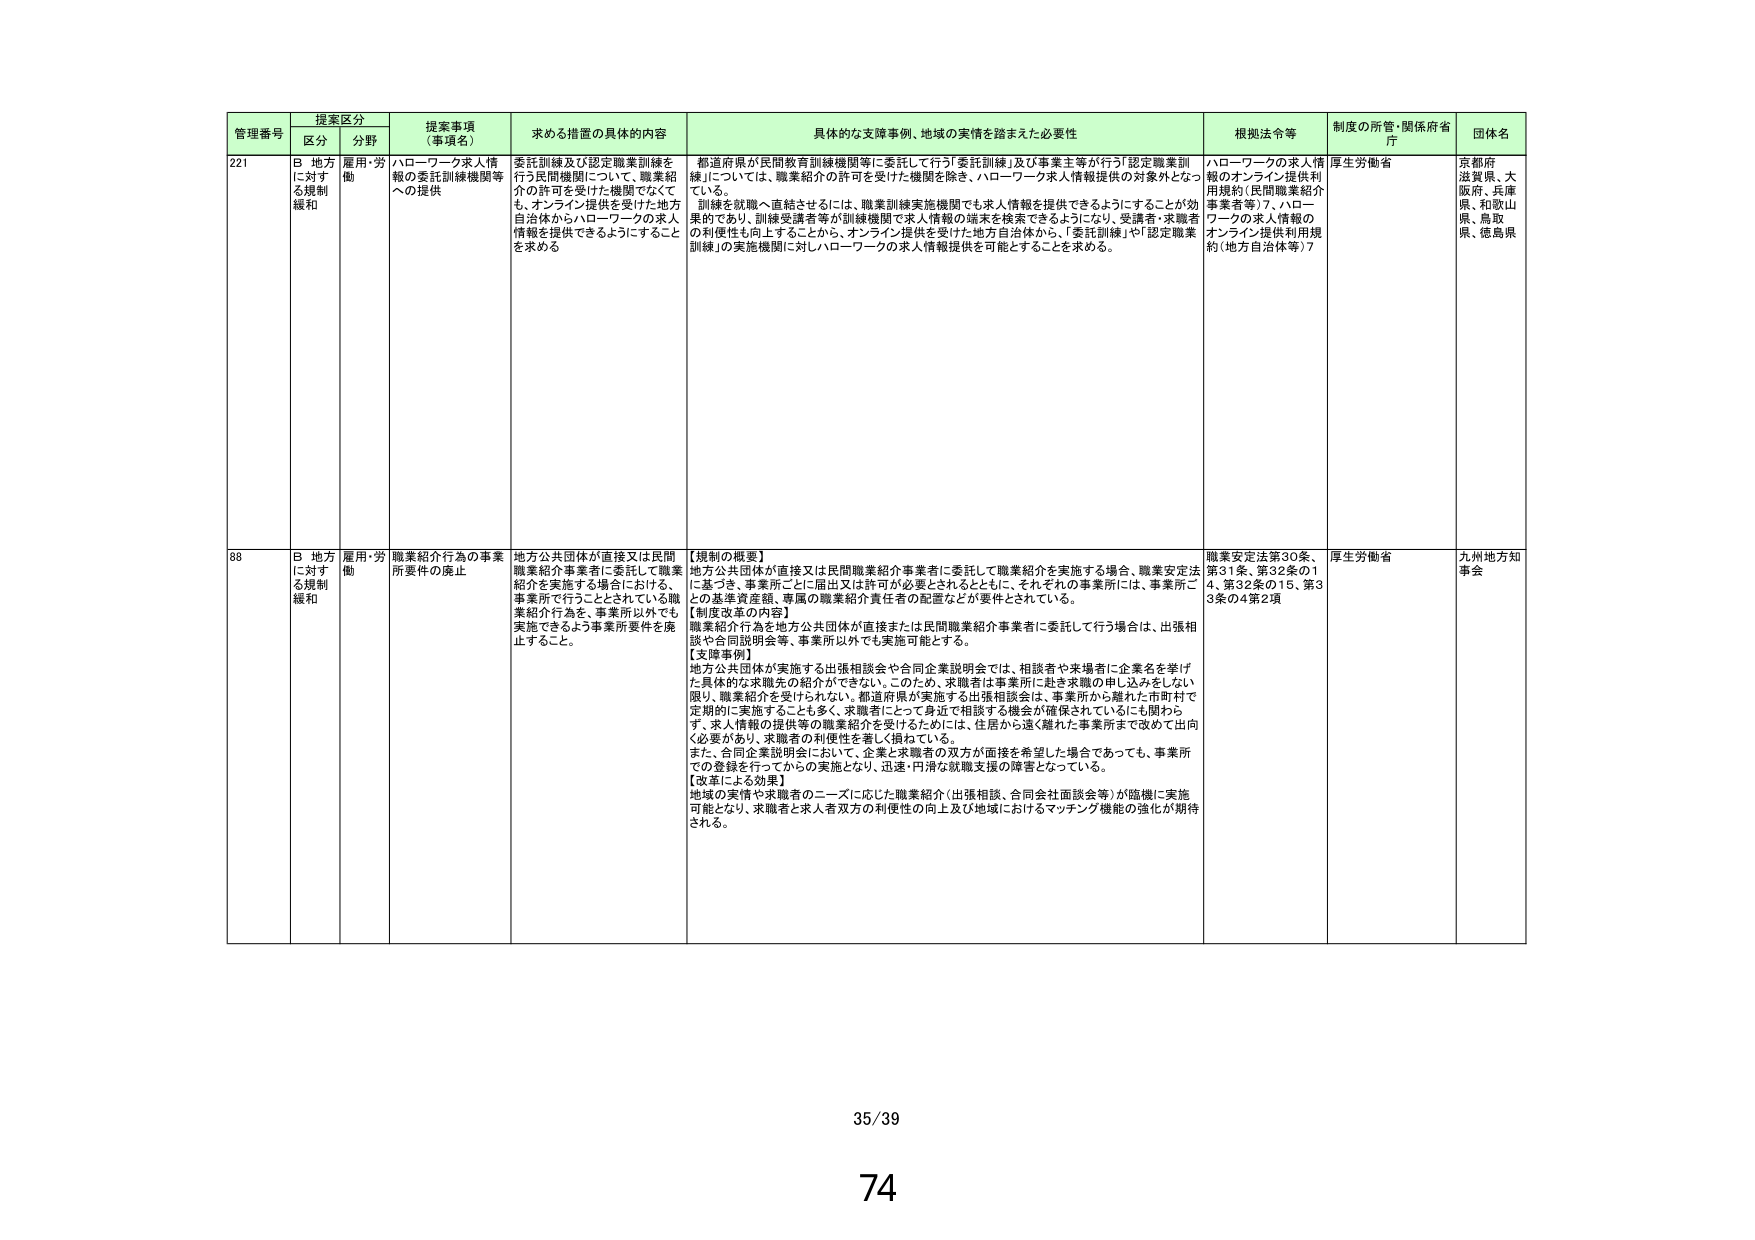
管理番号 提案区分 提案事項（事項名） 求める措置の具体的内容 具体的な支援事例、地域の実情を踏まえた必要性 根拠法令等 制度の所管・関係府省庁 団体名
区分 分野
221 B 地方に対する規制緩和 雇用・労働 ハローワーク求人情報の委託訓練機関等への提供 委託訓練及び認定職業訓練を行う民間機関について、職業紹介の許可を受けた機関でなくても、オンライン提供を受けた地方自治体からハローワークの求人情報を提供できるようにすることを求める 都道府県が民間教育訓練機関等に委託して行う「委託訓練」及び事業主等が行う「認定職業訓練」については、職業紹介の許可を受けた機関を除き、ハローワーク求人情報提供の対象外となっている。訓練を就職へ直結させるには、職業訓練実施機関でも求人情報を提供できるようにすることが効果的であり、訓練受講者等が訓練機関で求人情報の端末を検索できるようになり、受講者・求職者の利便性も向上することから、オンライン提供を受けた地方自治体から、「委託訓練」や「認定職業訓練」の実施機関に対しハローワークの求人情報提供を可能とすることを求める。 ハローワークの求人情報のオンライン提供利用規約（民間職業紹介事業者等）7、ハローワークの求人情報のオンライン提供利用規約（地方自治体等）7 厚生労働省 京都府 滋賀県、大阪府、兵庫県、和歌山県、鳥取県、徳島県
88 B 地方に対する規制緩和 雇用・労働 職業紹介行為の事業所要件の廃止 地方公共団体が直接又は民間職業紹介事業者に委託して職業紹介を実施する場合における、事業所で行うこととされている職業紹介行為を、事業所以外でも実施できるよう事業所要件を廃止すること。 【規制の概要】地方公共団体が直接又は民間職業紹介事業者に委託して職業紹介を実施する場合、職業安定法に基づき、事業所ごとに届出又は許可が必要とされるとともに、それぞれの事業所には、事業所ごとの基準資産額、専属の職業紹介責任者の配置などが要件とされている。【制度改革の内容】職業紹介行為を地方公共団体が直接または民間職業紹介事業者に委託して行う場合は、出張相談や合同説明会等、事業所以外でも実施可能とする。【支援事例】地方公共団体が実施する出張相談会や合同企業説明会では、相談者や求職者に企業名を挙げた具体的な求職先の紹介ができない。このため、求職者は事業所に赴き求職の申し込みをしない限り、職業紹介を受けられない。都道府県が実施する出張相談会は、事業所から離れた市町村で定期的に実施することも多く、求職者にとって身近で相談する機会が確保されているにも関わらず、求人情報の提供等の職業紹介を受けるためには、住居から遠く離れた事業所まで改めて出向く必要があり、求職者の利便性を著しく損ねている。また、合同企業説明会において、企業と求職者の双方が面接を希望した場合であっても、事業所での登録を行ってからの実施となり、迅速・円滑な就職支援の障害となっている。【改革による効果】地域の実情や求職者のニーズに応じた職業紹介（出張相談、合同会社面談会等）が臨機に実施可能となり、求職者と求人者双方の利便性の向上及び地域におけるマッチング機能の強化が期待される。 職業安定法第30条、第31条、第32条の14、第32条の15、第33条の4第2項 厚生労働省 九州地方知事会
35/39
74